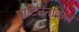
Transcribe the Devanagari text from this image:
पाटिनेनकिल